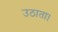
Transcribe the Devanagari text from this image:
उठाता।